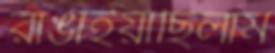
রাঙাইয়াছিলাম